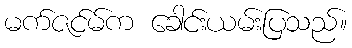
မက်ဇင်မ်က ခေါင်းယမ်းပြသည်။